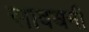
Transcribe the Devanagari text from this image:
सावधनी